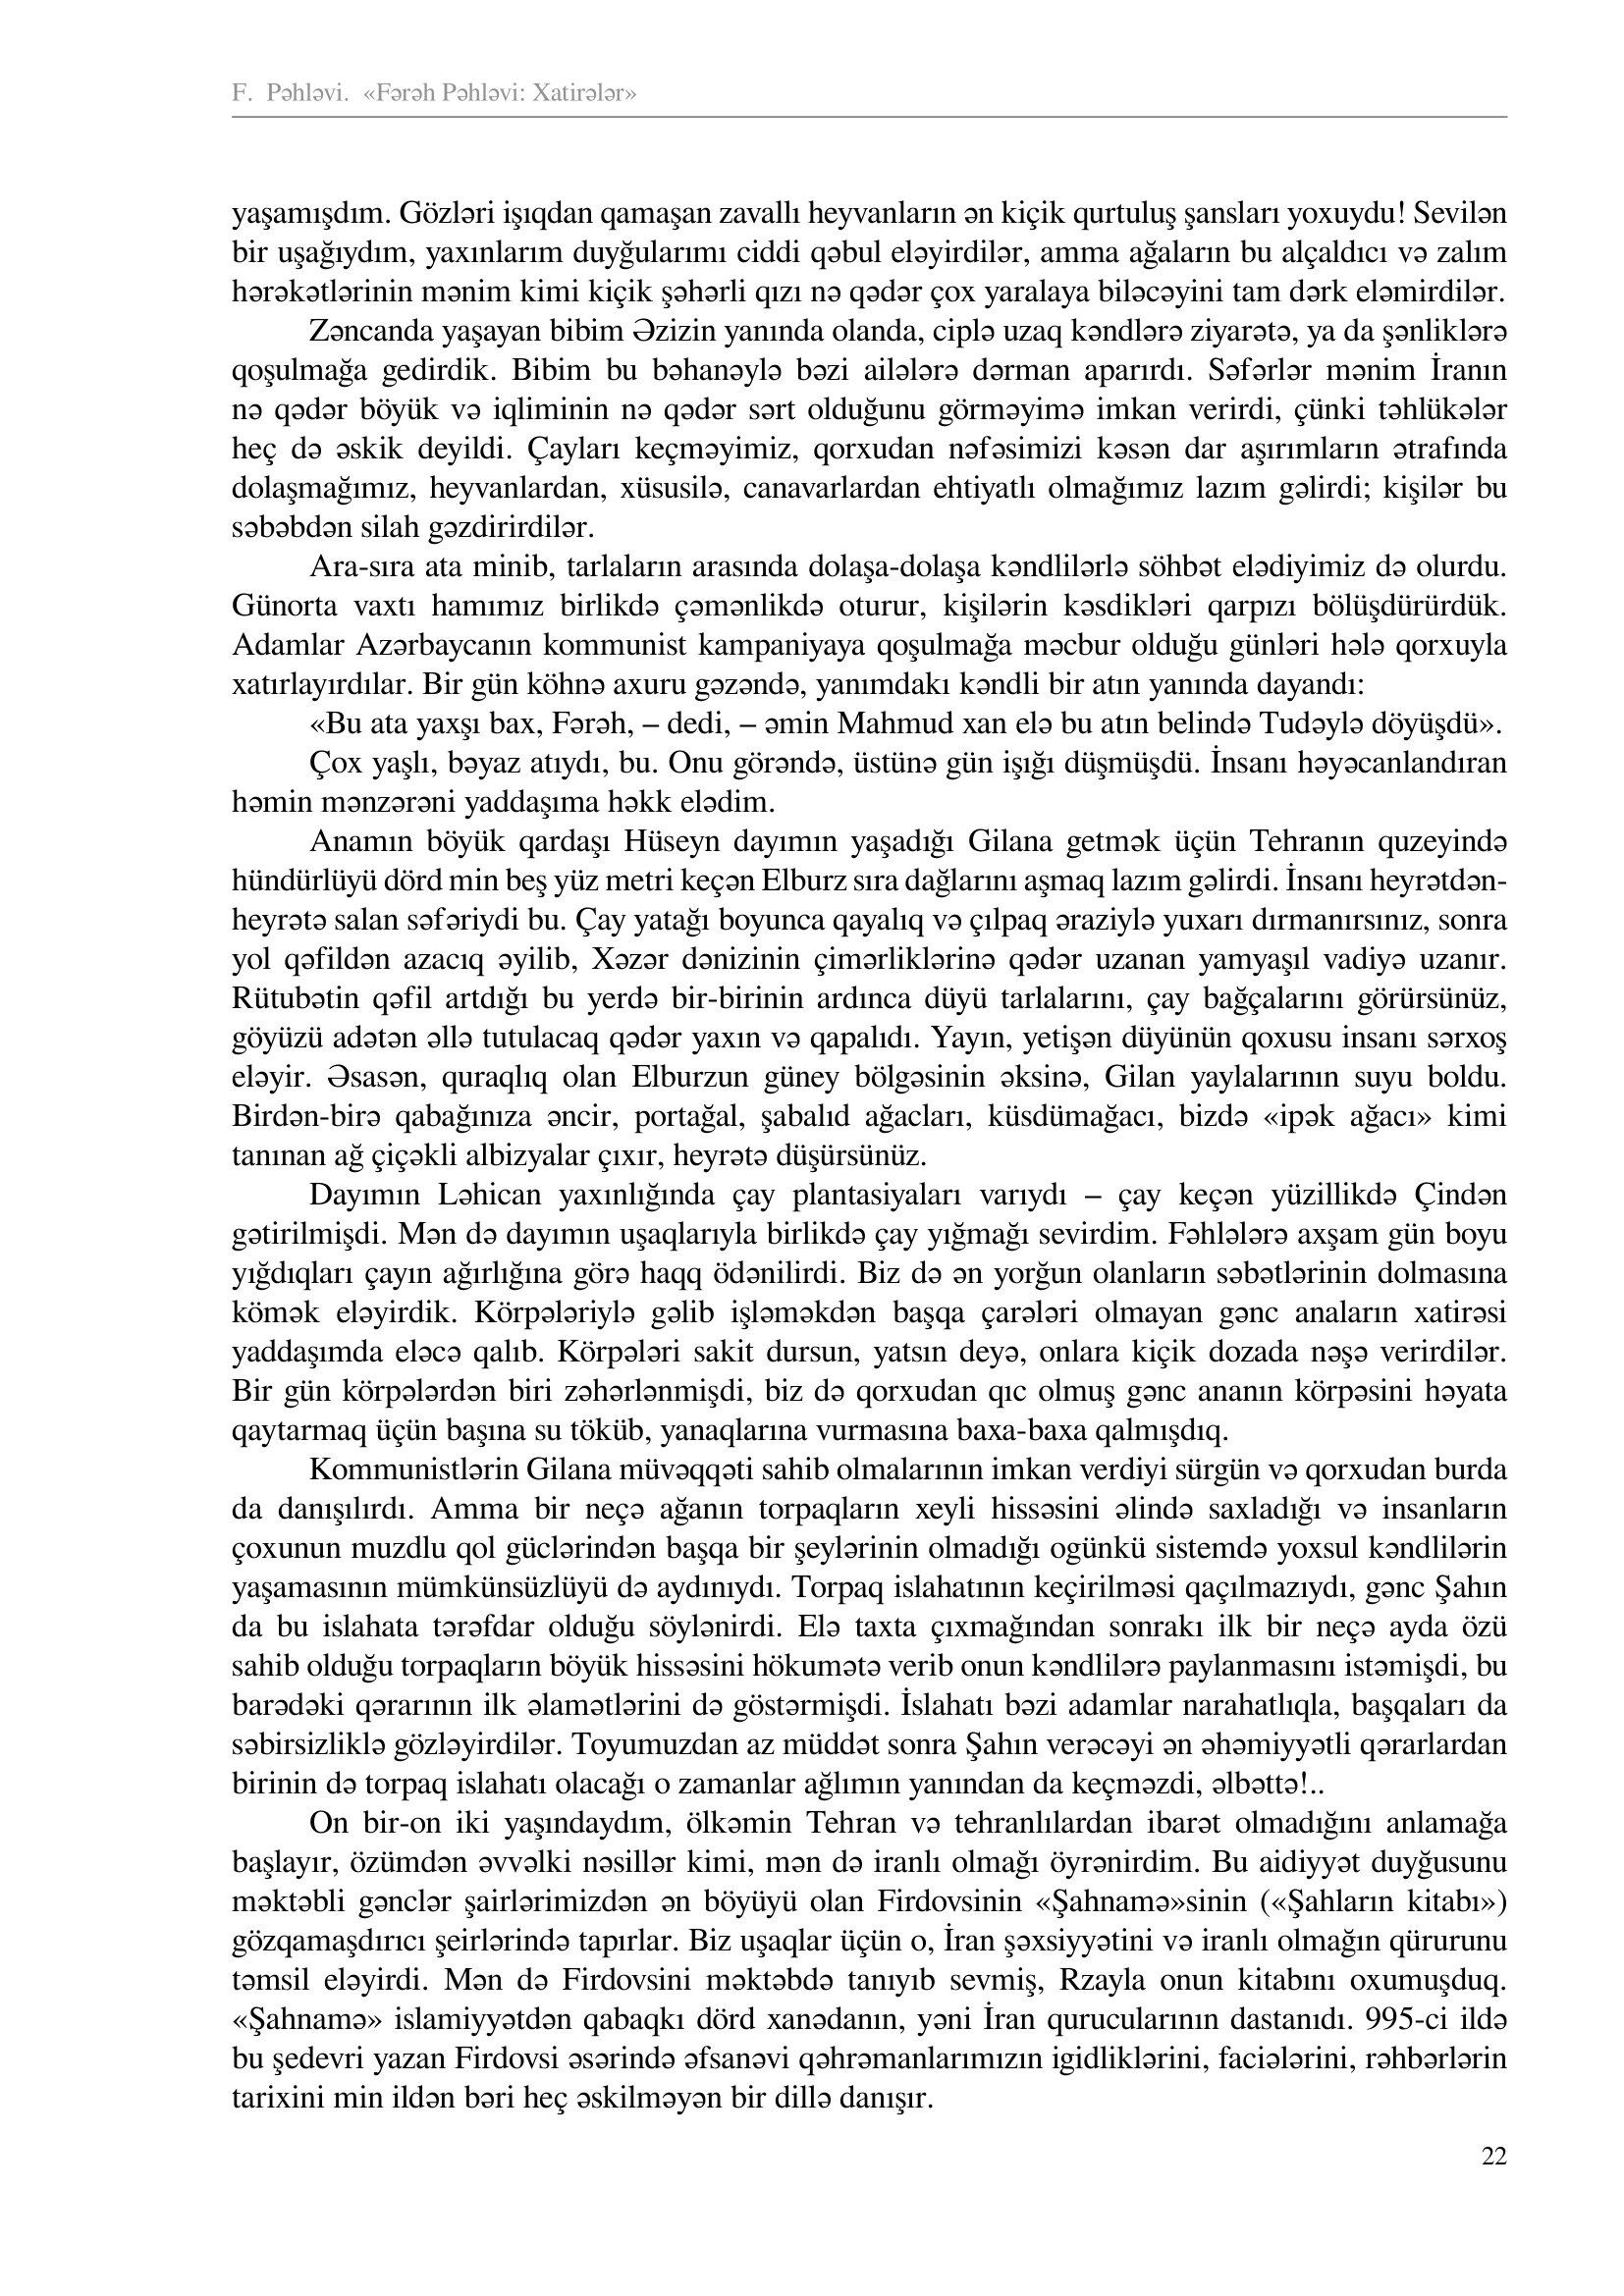
Language: az